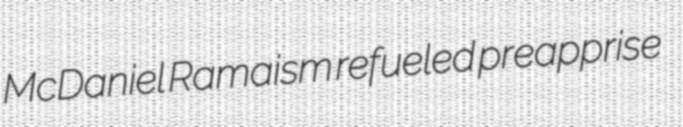
McDaniel Ramaism refueled preapprise